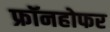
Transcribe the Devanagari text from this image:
फ्रॉनहोफर